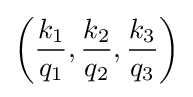
\left({\frac {k_{1}}{q_{1}}},{\frac {k_{2}}{q_{2}}},{\frac {k_{3}}{q_{3}}}\right)